Report of the Indian Hemp Drugs Commission, 1894-1895 - Volume IV
Year: 1894
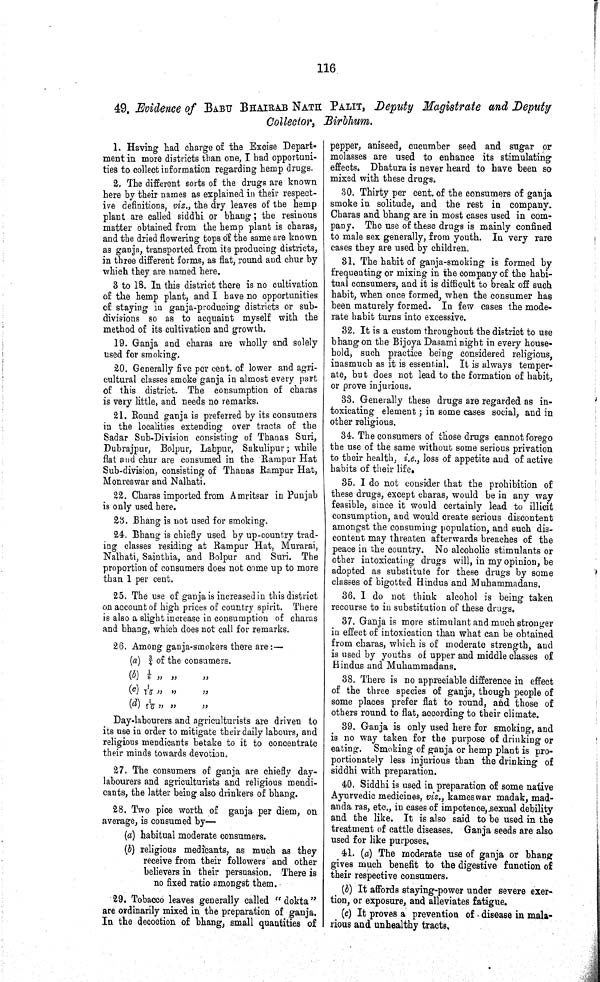
116
49. Evidence of BABU BHAIRAB NATH PALIT, Deputy Magistrate and Deputy
Collector, Birbhum.
1. Having had charge of the Excise Depart¬
ment in more districts than one, I had opportuni¬
ties to collect information regarding hemp drugs.
2. The different sorts of the drugs are known
here by their names as explained in their respect¬
ive definitions, viz., the dry leaves of the hemp
plant are called siddhi or bhang; the resinous
matter obtained from the hemp plant is charas,
and the dried flowering tops of the same are known
as ganja, transported from its producing districts,
in three different forms, as flat, round and chur by
which they are named here.
3 to 18. In this district there is no cultivation
of the hemp plant, and I have no opportunities
of staying in ganja-producing districts or sub¬
divisions so as to acquaint myself with the
method of its cultivation and growth.
19. Ganja and charas are wholly and solely
used for smoking.
20. Generally five per cent. of lower and agri¬
cultural classes smoke ganja in almost every part
of this district. The consumption of charas
is very little, and needs no remarks.
21. Round ganja is preferred by its consumers
in the localities extending over tracts of the
Sadar Sub-Division consisting of Thanas Suri,
Dubrajpur, Bolpur, Labpur, Sakulipur; while
flat and chur are consumed in the Rampur Hat
Sub-division, consisting of Thanas Rampur Hat,
Monreswar and Nalhati.
22. Charas imported from Amritsar in Punjab
is only used here.
23. Bhang is not used for smoking.
24. Bhang is chiefly used by up-country trad¬
ing classes residing at Rampur Hat, Murarai,
Nalhati, Sainthia, and Bolpur and Suri. The
proportion of consumers does not come up to more
than 1 per cent.
25. The use of ganja is increased in this district
on account of high prices of country spirit. There
is also a slight increase in consumption of charas
and bhang, which does not call for remarks.
26. Among ganja-smokers there are:—
(a) ¾ of the consumers.
(b) 1/8 " " "
(c) 1/16 " " "
(d) 1/16 " " "
Day-labourers and agriculturists are driven to
its use in order to mitigate their daily labours, and
religious mendicants betake to it to concentrate
their minds towards devotion.
27. The consumers of ganja are chiefly day-
labourers and agriculturists and religious mendi¬
cants, the latter being also drinkers of bhang.
28. Two pice worth of ganja per diem, on
average, is consumed by—
(a) habitual moderate consumers.
(b) religious medicants, as much as they
receive from their followers and other
believers in their persuasion. There is
no fixed ratio amongst them.
29. Tobacco leaves generally called "dokta"
are ordinarily mixed in the preparation of ganja.
In the decoction of bhang, small quantities of
pepper, aniseed, cucumber seed and sugar or
molasses are used to enhance its stimulating
effects. Dhatura is never heard to have been so
mixed with these drugs.
30. Thirty per cent, of the consumers of ganja
smoke in solitude, and the rest in company.
Charas and bhang are in most cases used in com¬
pany. The use of these drugs is mainly confined
to male sex generally, from youth. In very rare
cases they are used by children.
31. The habit of ganja-smoking is formed by
frequenting or mixing in the company of the habi¬
tual consumers, and it is difficult to break off such
habit, when once formed, when the consumer has
been maturely formed. In few cases the mode¬
rate habit turns into excessive.
32. It is a custom throughout the district to use
bhang on the Bijoya Dasami night in every house-
hold, such practice being considered religious,
inasmuch as it is essential. It is always temper¬
ate, but does not lead to the formation of habit,
or prove injurious.
33. Generally these drugs are regarded as in¬
toxicating element; in some cases social, and in
other religious.
34. The consumers of those drugs cannot forego
the use of the same without some serious privation
to their health, i.e., loss of appetite and of active
habits of their life.
35. I do not consider that the prohibition of
these drugs, except charas, would be in any way
feasible, since it would certainly lead to illicit
consumption, and would create serious discontent
amongst the consuming population, and such dis¬
content may threaten afterwards breaches of the
peace in the country. No alcoholic stimulants or
other intoxicating drugs will, in my opinion, be
adopted as substitute for these drugs by some
classes of bigotted Hindus and Muhammadans.
36. I do not think alcohol is being taken
recourse to in substitution of these drugs.
37. Ganja is more stimulant and much stronger
in effect of intoxication than what can be obtained
from charas, which is of moderate strength, and
is used by youths of upper and middle classes of
Hindus and Muhammadans.
38. There is no appreciable difference in effect
of the three species of ganja, though people of
some places prefer flat to round, and those of
others round to flat, according to their climate.
39. Ganja is only used here for smoking, and
is no way taken for the purpose of drinking or
eating. Smoking of ganja or hemp plant is pro¬
portionately less injurious than the drinking of
siddhi with preparation.
40. Siddhi is used in preparation of some native
Ayurvedic medicines, viz., kameswar madak, mad-
anda ras, etc., in cases of impotence, sexual debility
and the like. It is also said to be used in the
treatment of cattle diseases. Ganja seeds are also
used for like purposes.
41. (a) The moderate use of ganja or bhang
gives much benefit to the digestive function of
their respective consumers.
(b) It affords staying-power under severe exer¬
tion, or exposure, and alleviates fatigue.
(c) It proves a prevention of disease in mala¬
rious and unhealthy tracts.